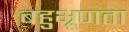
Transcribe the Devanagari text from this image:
बहुभ्रूणता